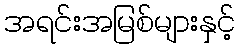
အရင်းအမြစ်များနှင့်